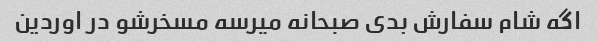
اگه شام سفارش بدی صبحانه میرسه مسخرشو در اوردین